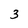
Character: 3